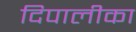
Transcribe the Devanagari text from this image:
दिपालीका